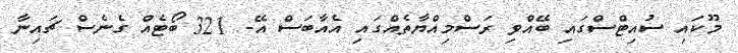
މޫކައި ސުއިޓްސްގައި ބޭއްވި ރަސްމިއްޔާތެއްގައި އެއާބަސް އޭ- 321 ބޯޓެއް ގެނެސް ޗައިނާ